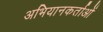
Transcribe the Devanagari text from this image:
अभियानकर्ताओं